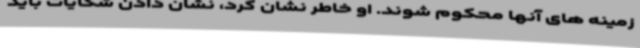
زمینه های آنها محکوم شوند. او خاطر نشان کرد، نشان دادن شکایات باید